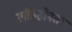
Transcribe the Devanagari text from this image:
लौहहीनता